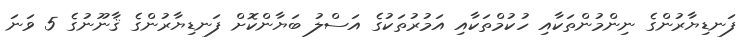
ފަނޑިޔާރުންގެ ނިންމުންތަކާއި ހުކުމްތަކާއި އަމުރުތަކުގެ އަސްލު ބަޔާންކޮށް ފަނޑިޔާރުންގެ ޤާނޫނުގެ 5 ވަނަ